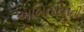
અખિનાટનની